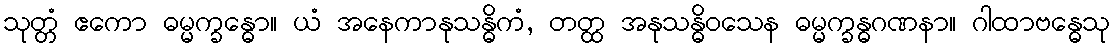
သုတ္တံ ဧကော ဓမ္မက္ခန္ဓော။ ယံ အနေကာနုသန္ဓိကံ, တတ္ထ အနုသန္ဓိဝသေန ဓမ္မက္ခန္ဓဂဏနာ။ ဂါထာဗန္ဓေသု